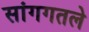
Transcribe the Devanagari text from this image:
सांगगतले